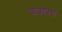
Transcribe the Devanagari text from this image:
वाक्यपदों